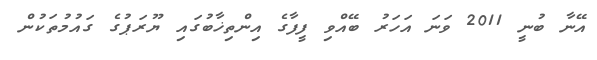
އޭނާ ބުނީ 2011 ވަނަ އަހަރު ބޭއްވި ފީފާގެ އިންތިޚާބުގައި ޔޫރަޕުގެ ގައުމުތަކުން